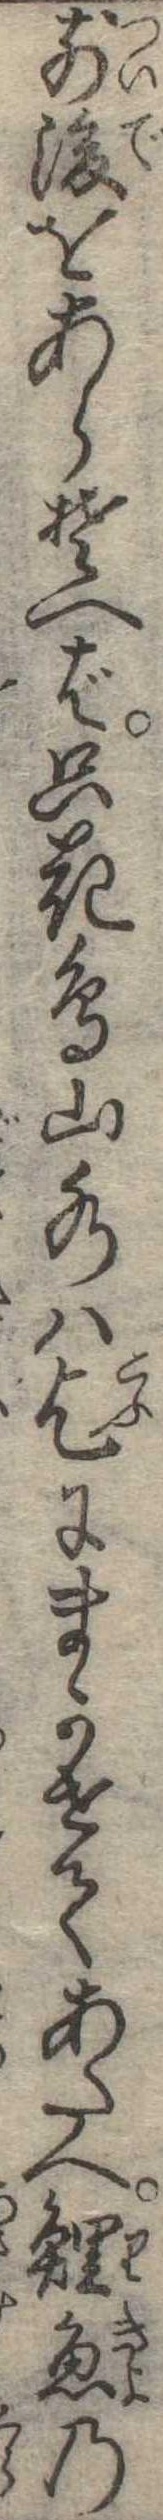
前後をあらそへば只花鳥山水は乞にまかせてあたへ鯉魚の